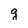
Character: q